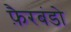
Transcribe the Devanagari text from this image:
फ़ैरबंडो